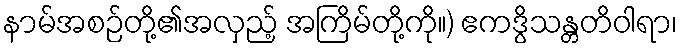
နာမ်အစဉ်တို့၏အလှည့် အကြိမ်တို့ကို။) ဧကဒွိသန္တတိဝါရာ၊